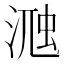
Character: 𣸀